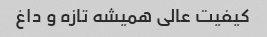
کیفیت عالی همیشه تازه و داغ